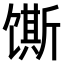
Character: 𫗲